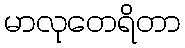
မာလုတေရိတာ